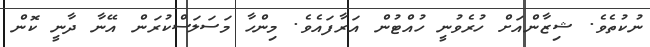
ނުކުތެވެ. ޝިޒާންއަށް ހުރެވުނީ ހުއްޓުން އަރާފައެވެ. މިންހާ މަސަލަސްކުރަން އޭނާ ދާނީ ކޮން